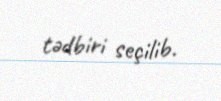
tədbiri seçilib.